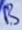
Text: B